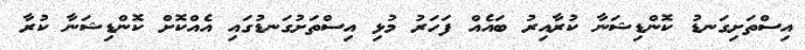
އިސްތަށިގަނޑު ކޮންޑިޝަނާ ކުރާއިރު ބައެއް ފަހަރު މުޅި އިސްތަށުގަނޑުގައި އެއްކޮށް ކޮންޑިޝަނާ ކުރާ